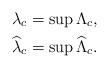
LaTeX: \begin{align*} \lambda_c & = \sup \Lambda_c, \\ \widehat{\lambda}_c & = \sup \widehat{\Lambda}_c.\end{align*}